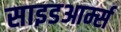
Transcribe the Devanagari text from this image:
साइडआर्म्स